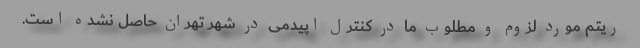
ریتم مورد لزوم و مطلوب ما در کنترل اپیدمی در شهر تهران حاصل نشده است.